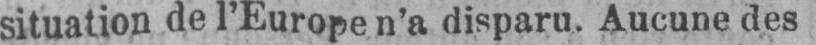
situation de l’Europe n’a disparu. Aucune des